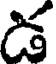
డ